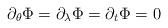
\begin{align*} \partial_\theta \Phi = \partial_\lambda \Phi = \partial_t \Phi = 0\end{align*}